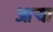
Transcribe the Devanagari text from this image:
आऱ्या